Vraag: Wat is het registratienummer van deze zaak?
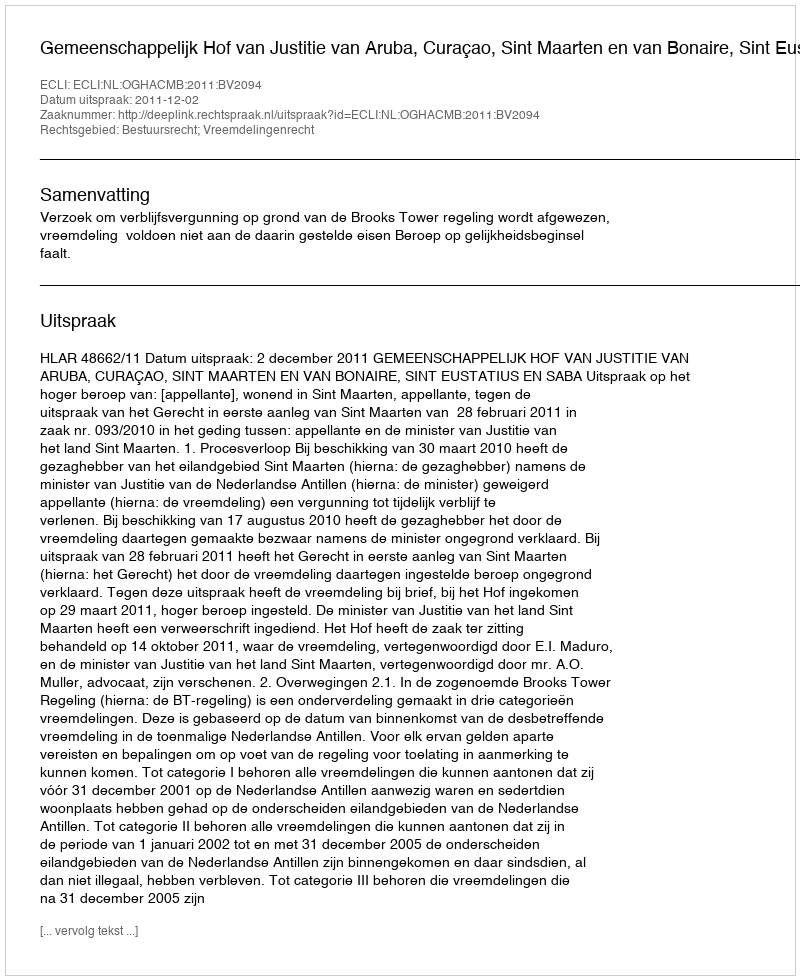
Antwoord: http://deeplink.rechtspraak.nl/uitspraak?id=ECLI:NL:OGHACMB:2011:BV2094